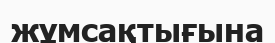
жұмсақтығына